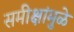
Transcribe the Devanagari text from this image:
समीक्षांमुळे